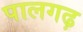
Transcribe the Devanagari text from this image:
पालगढ़